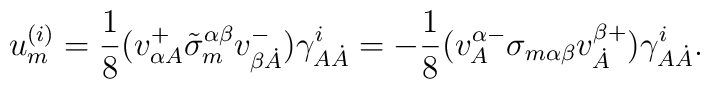
u^{(i)}_m=\frac18(v^{+}_{\alpha A}\tilde\sigma_m^{\alpha\beta}v^{-}_{\beta\dot A})\gamma^i_{A\dot A}=-\frac18(v^{\alpha-}_A\sigma_{m\alpha\beta}v^{\beta+}_{\dot A})\gamma^i_{A\dot A}.